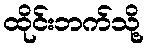
ထိုင်းဘက်သို့